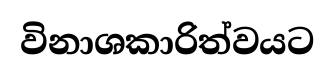
විනාශකාරිත්වයට